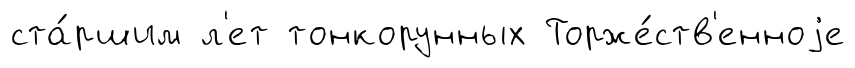
ста́ршим л'ет тонкорунных Торже́ств'енноjе